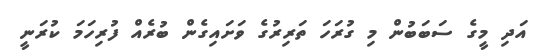
އަދި މީގެ ސަބަބުން މި ގުރަހަ ތަރިރުގެ ވަށައިގެން ބުރެއް ފުރިހަމަ ކުރަނީ